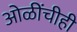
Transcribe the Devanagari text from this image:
ओळींचीही